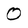
Character: 0